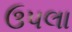
ઉપલા